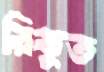
রিকুত